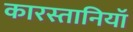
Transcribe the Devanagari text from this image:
कारस्तानियाॅ